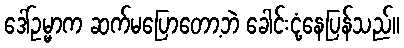
ဒေါ်ဥမ္မာက ဆက်မပြောတော့ဘဲ ခေါင်းငုံ့နေပြန်သည်။